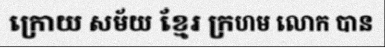
ក្រោយ សម័យ ខ្មែរ ក្រហម លោក បាន